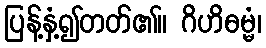
ပြန့်နှံ့၍တတ်၏။ ဂိဟိဓမ္မံ၊